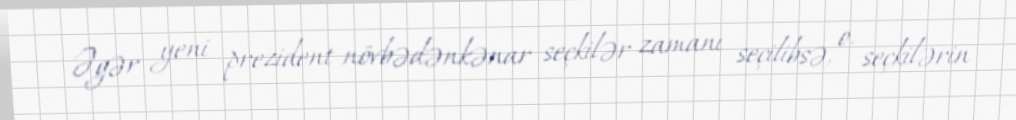
Əgər yeni prezident növbədənkənar seçkilər zamanı seçilibsə, o, seçkilərin